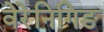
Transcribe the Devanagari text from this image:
वेरेनिगिङ